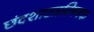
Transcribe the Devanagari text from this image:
छंदशास्त्रविषयक